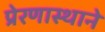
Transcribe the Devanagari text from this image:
प्रेरणास्थाने